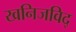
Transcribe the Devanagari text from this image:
खनिजविद्